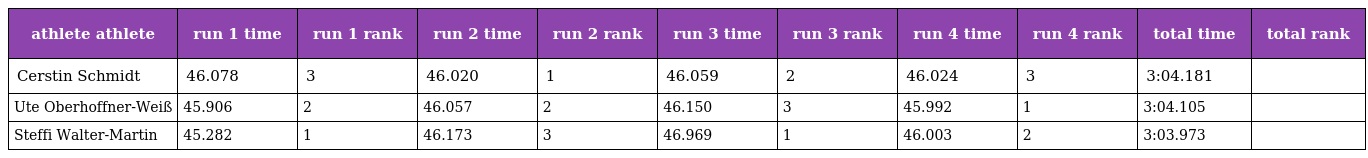
| athlete athlete | run 1 time | run 1 rank | run 2 time | run 2 rank | run 3 time | run 3 rank | run 4 time | run 4 rank | total time | total rank |
 | --- | --- | --- | --- | --- | --- | --- | --- | --- | --- | --- |
 | Cerstin Schmidt | 46.078 | 3 | 46.020 | 1 | 46.059 | 2 | 46.024 | 3 | 3:04.181 |  |
 | Ute Oberhoffner-Weiß | 45.906 | 2 | 46.057 | 2 | 46.150 | 3 | 45.992 | 1 | 3:04.105 |  |
 | Steffi Walter-Martin | 45.282 | 1 | 46.173 | 3 | 46.969 | 1 | 46.003 | 2 | 3:03.973 |  |